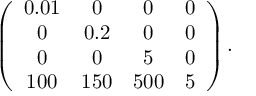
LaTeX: \left( \begin{array} { c c c c } { { 0 . 0 1 } } & { { 0 } } & { { 0 } } & { { 0 } } \\ { { 0 } } & { { 0 . 2 } } & { { 0 } } & { { 0 } } \\ { { 0 } } & { { 0 } } & { { 5 } } & { { 0 } } \\ { { 1 0 0 } } & { { 1 5 0 } } & { { 5 0 0 } } & { { 5 } } \end{array} \right) .